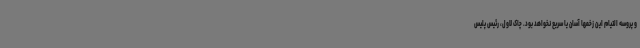
و پروسه التیام این زخمها آسان یا سریع نخواهد بود. چاک لاول، رئیس پلیس